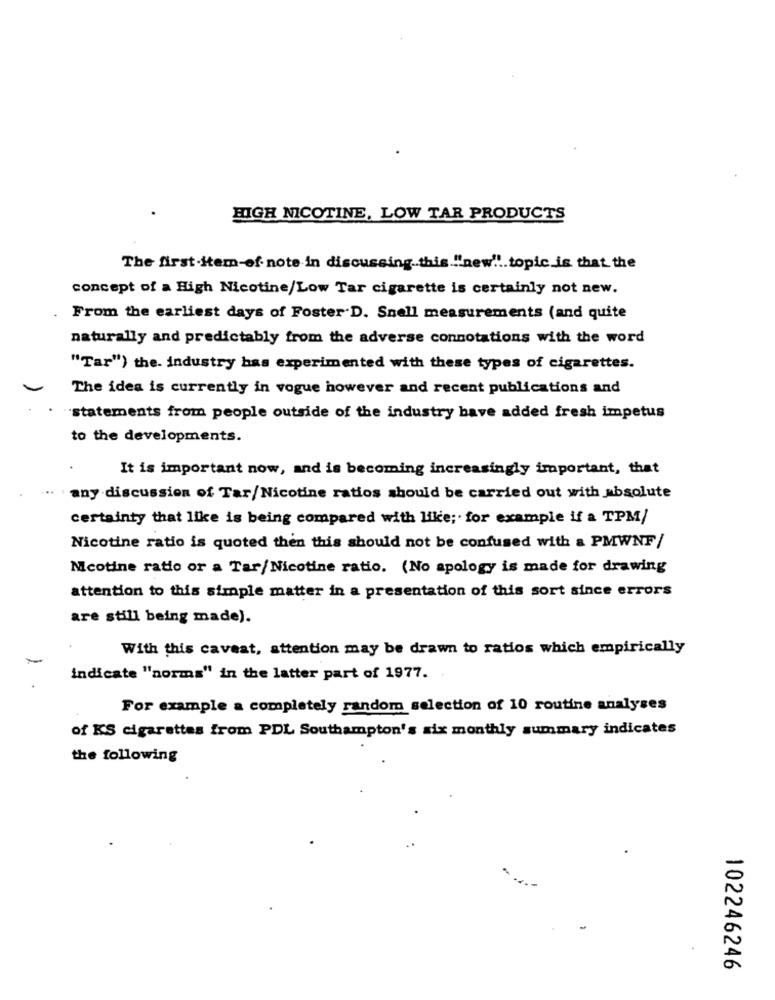
HIGH NICOTINE, LOW TAR PRODUCTS
The first-item-of- note in discussing.this."new" !. topic.is that the
concept of a High Nicotine/Low Tar cigarette is certainly not new.
From the earliest days of Foster D. Snell measurements (and quite
naturally and predictably from the adverse connotations with the word
"Tar") the. industry has experimented with these types of cigarettes.
The idea is currently in vogue however and recent publications and
"statements from people outside of the industry have added fresh impetus
to the developments.
It is important now, and is becoming increasingly important, that
any discussion of Tar/Nicotine ratios should be carried out with absolute
certainty that like is being compared with like ;. for example if a TPM/
Nicotine ratio is quoted then this should not be confused with a PMWNF/
Nicotine ratio or a Tar/Nicotine ratio. (No apology is made for drawing
attention to this simple matter in a presentation of this sort since errors
are still being made).
With this caveat, attention may be drawn to ratios which empirically
indicate "norms" in the latter part of 1977 ..
For example a completely random selection of 10 routine analyses
of KS cigarettes from PDL Southampton's six monthly summary indicates
the following
102246246